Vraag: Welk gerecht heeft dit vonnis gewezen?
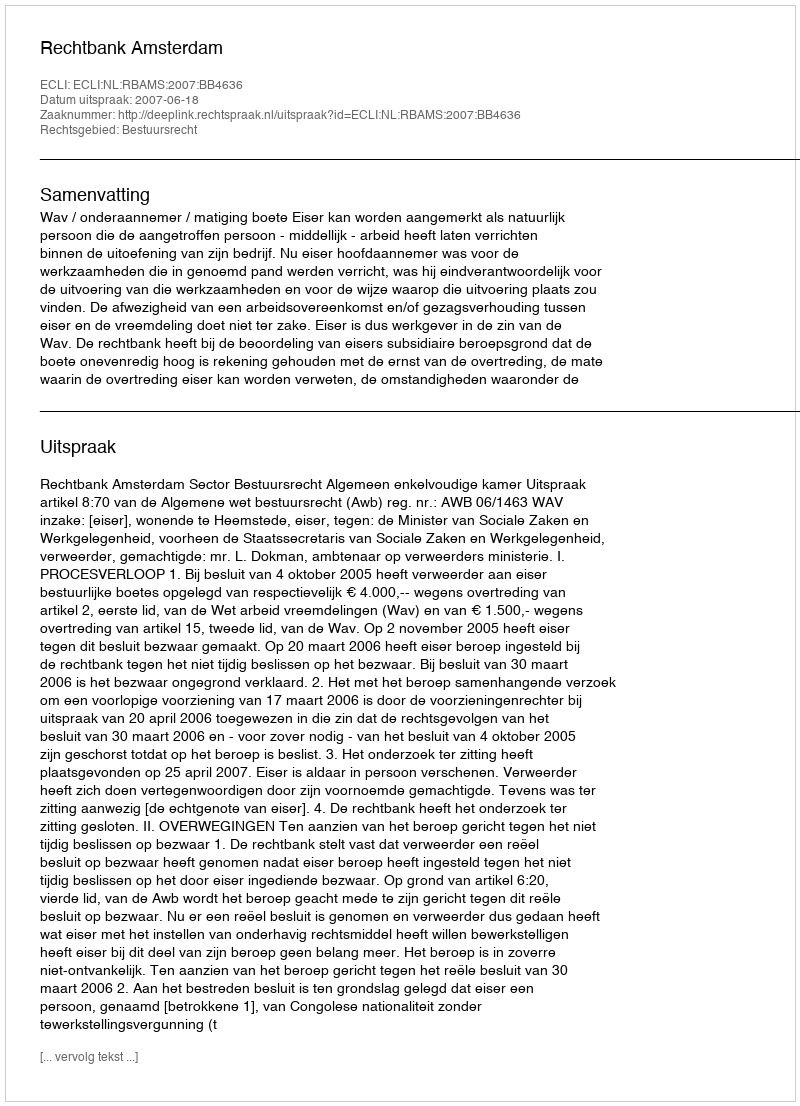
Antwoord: Rechtbank Amsterdam